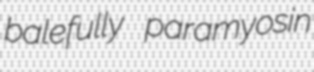
balefully paramyosin